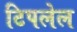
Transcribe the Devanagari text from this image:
टिपलेल